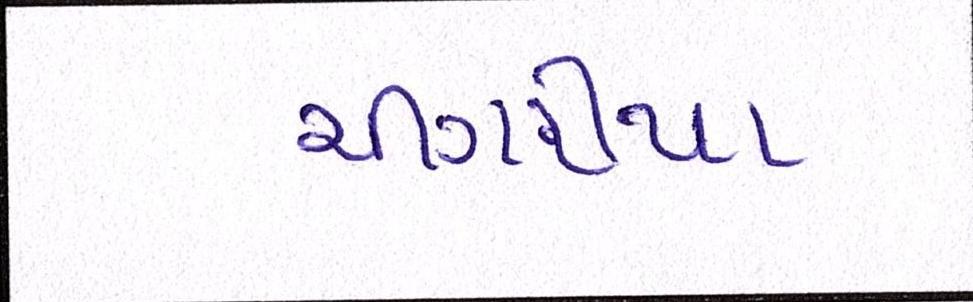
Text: ચીંગરીયા